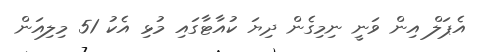
އެޕަލް އިން ވަނީ ނިމިގެން ދިޔަ ކުއާޓާގައި މުޅި އެކު 51 މިލިއަން